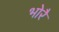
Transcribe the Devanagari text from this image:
भोरै